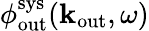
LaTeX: \phi_{\mathrm{out}}^{\mathrm{sys}}({\mathbf k}_{\mathrm{out}},\omega)